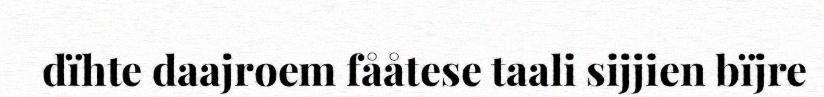
dïhte daajroem fååtese taali sijjien bïjre